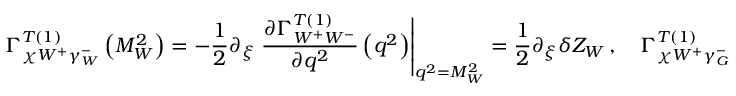
\Gamma _ { \chi W ^ { + } \gamma _ { W } ^ { - } } ^ { T \left( 1 \right) } \left( M _ { W } ^ { 2 } \right) = - \frac { 1 } { 2 } \partial _ { \xi } \left. \frac { \partial \Gamma _ { W ^ { + } W ^ { - } } ^ { T \left( 1 \right) } } { \partial q ^ { 2 } } \left( q ^ { 2 } \right) \right| _ { q ^ { 2 } = M _ { W } ^ { 2 } } = \frac { 1 } { 2 } \partial _ { \xi } \delta Z _ { W } \, , \quad \Gamma _ { \chi W ^ { + } \gamma _ { G } ^ { - } } ^ { T \left( 1 \right) } \left( q \right) = 0 \, ,